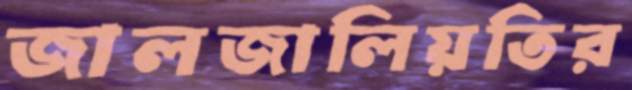
জালজালিয়তির